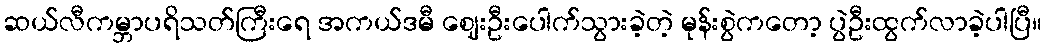
ဆယ်လီကမ္ဘာပရိသတ်ကြီးရေ အကယ်ဒမီ ဈေးဦးပေါက်သွားခဲ့တဲ့ မုန်းစွဲကတော့ ပွဲဦးထွက်လာခဲ့ပါပြီ။